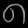
Digit: ၈